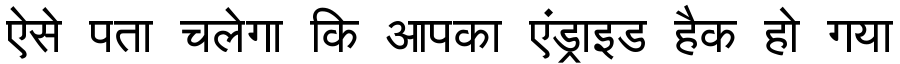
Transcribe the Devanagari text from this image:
ऐसे पता चलेगा कि आपका एंड्राइड हैक हो गया